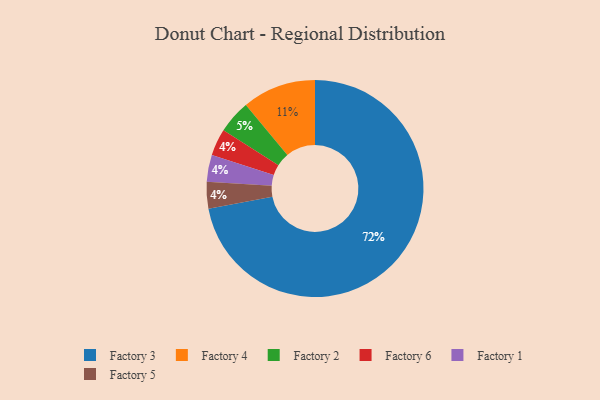
{"axis": {"x": "Category", "y": "Percentage"}, "legend": ["Factory 1", "Factory 2", "Factory 3", "Factory 4", "Factory 5", "Factory 6"], "data": [{"x": "Factory 6", "y": 4, "type": "Factory 6"}, {"x": "Factory 1", "y": 4, "type": "Factory 1"}, {"x": "Factory 2", "y": 5, "type": "Factory 2"}, {"x": "Factory 4", "y": 11, "type": "Factory 4"}, {"x": "Factory 5", "y": 4, "type": "Factory 5"}, {"x": "Factory 3", "y": 72, "type": "Factory 3"}]}